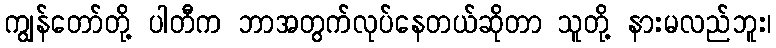
ကျွန်တော်တို့ ပါတီက ဘာအတွက်လုပ်နေတယ်ဆိုတာ သူတို့ နားမလည်ဘူး၊